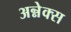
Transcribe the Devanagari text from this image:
अन्नेक्स